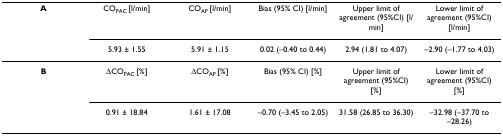
<table><thead><tr><td><b>A</b></td><td><b>CO<sub>PAC </sub>[l/min]</b></td><td><b>CO<sub>AP </sub>[l/min]</b></td><td><b>Bias (95% CI) [l/min]</b></td><td><b>Upper limit of agreement (95%CI) [l/min]</b></td><td><b>Lower limit of agreement (95%CI) [l/min]</b></td></tr><tr><td></td><td><b>5.93 ± 1.55</b></td><td><b>5.91 ± 1.15</b></td><td><b>0.02 (-0.40 to 0.44)</b></td><td><b>2.94 (1.81 to 4.07)</b></td><td><b>-2.90 (-1.77 to 4.03)</b></td></tr></thead><tbody><tr><td><b>B</b></td><td>ΔCO<sub>PAC </sub>[%]</td><td>ΔCO<sub>AP </sub>[%]</td><td>Bias (95% CI) [%]</td><td>Upper limit of agreement (95%CI) [%]</td><td>Lower limit of agreement (95%CI) [%]</td></tr><tr><td></td><td>0.91 ± 18.84</td><td>1.61 ± 17.08</td><td>-0.70 (-3.45 to 2.05)</td><td>31.58 (26.85 to 36.30)</td><td>-32.98 (-37.70 to -28.26)</td></tr></tbody></table>